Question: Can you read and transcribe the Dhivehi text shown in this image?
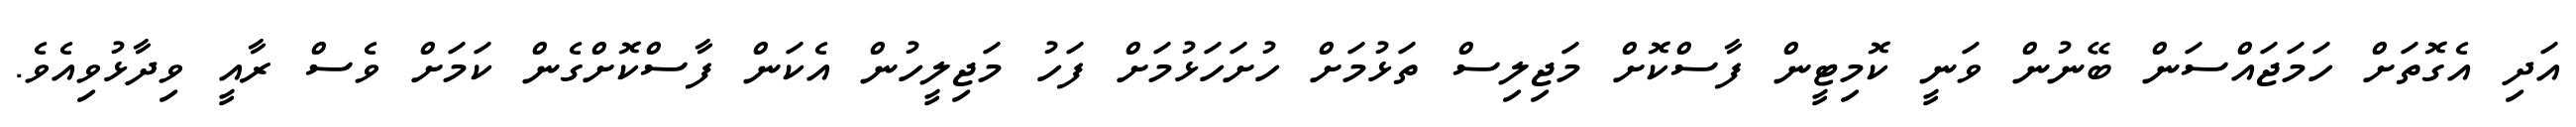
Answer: އަދި އެގޮތަށް ހަމަޖައްސަން ބޭނުން ވަނީ ކޮމިޓީން ފާސްކޮށް މަޖިލިސް ތަޅުމަށް ހުށަހަޅުމަށް ފަހު މަޖިލީހުން އެކަން ފާސްކޮށްގެން ކަމަށް ވެސް ރާއީ ވިދާޅުވިއެވެ.